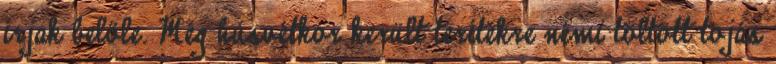
írjak belőle. Még húsvétkor került terítékre némi töltött tojás